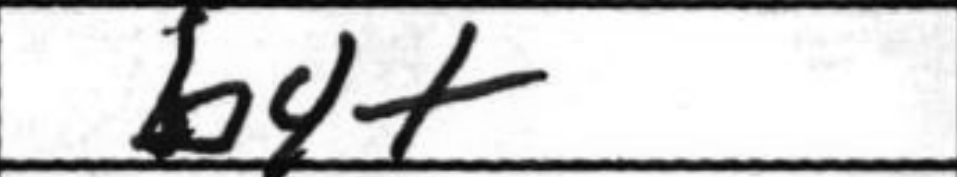
Transcription: b4+